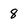
Character: 8